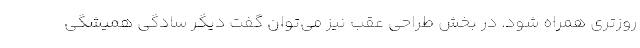
روزتری همراه شود. در بخش طراحی عقب نیز می‌توان گفت دیگر سادگی همیشگی